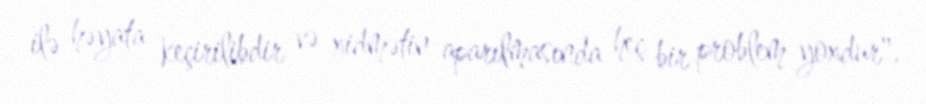
ilə həyata keçirilibdir və xidmətin aparılmasında heç bir problem yoxdur".